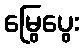
မြွေပွေး